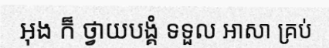
អុង ក៏ ថ្វាយបង្គំ ទទួល អាសា គ្រប់